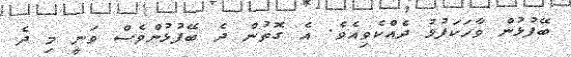
ބޭފުޅުން ވާހަކަފުޅު ދެއްކެވިއެވެ. އެ ގޮތުން ދެ ބޭފުޅުންވެސް ވަނީ މި ދެ